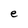
Character: e